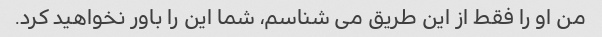
من او را فقط از این طریق می شناسم، شما این را باور نخواهید کرد.